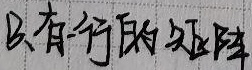
只有一行的矩阵